65_HS1-834228961_62-HQ-83894_Section_6
Agency: FBI
Page 158
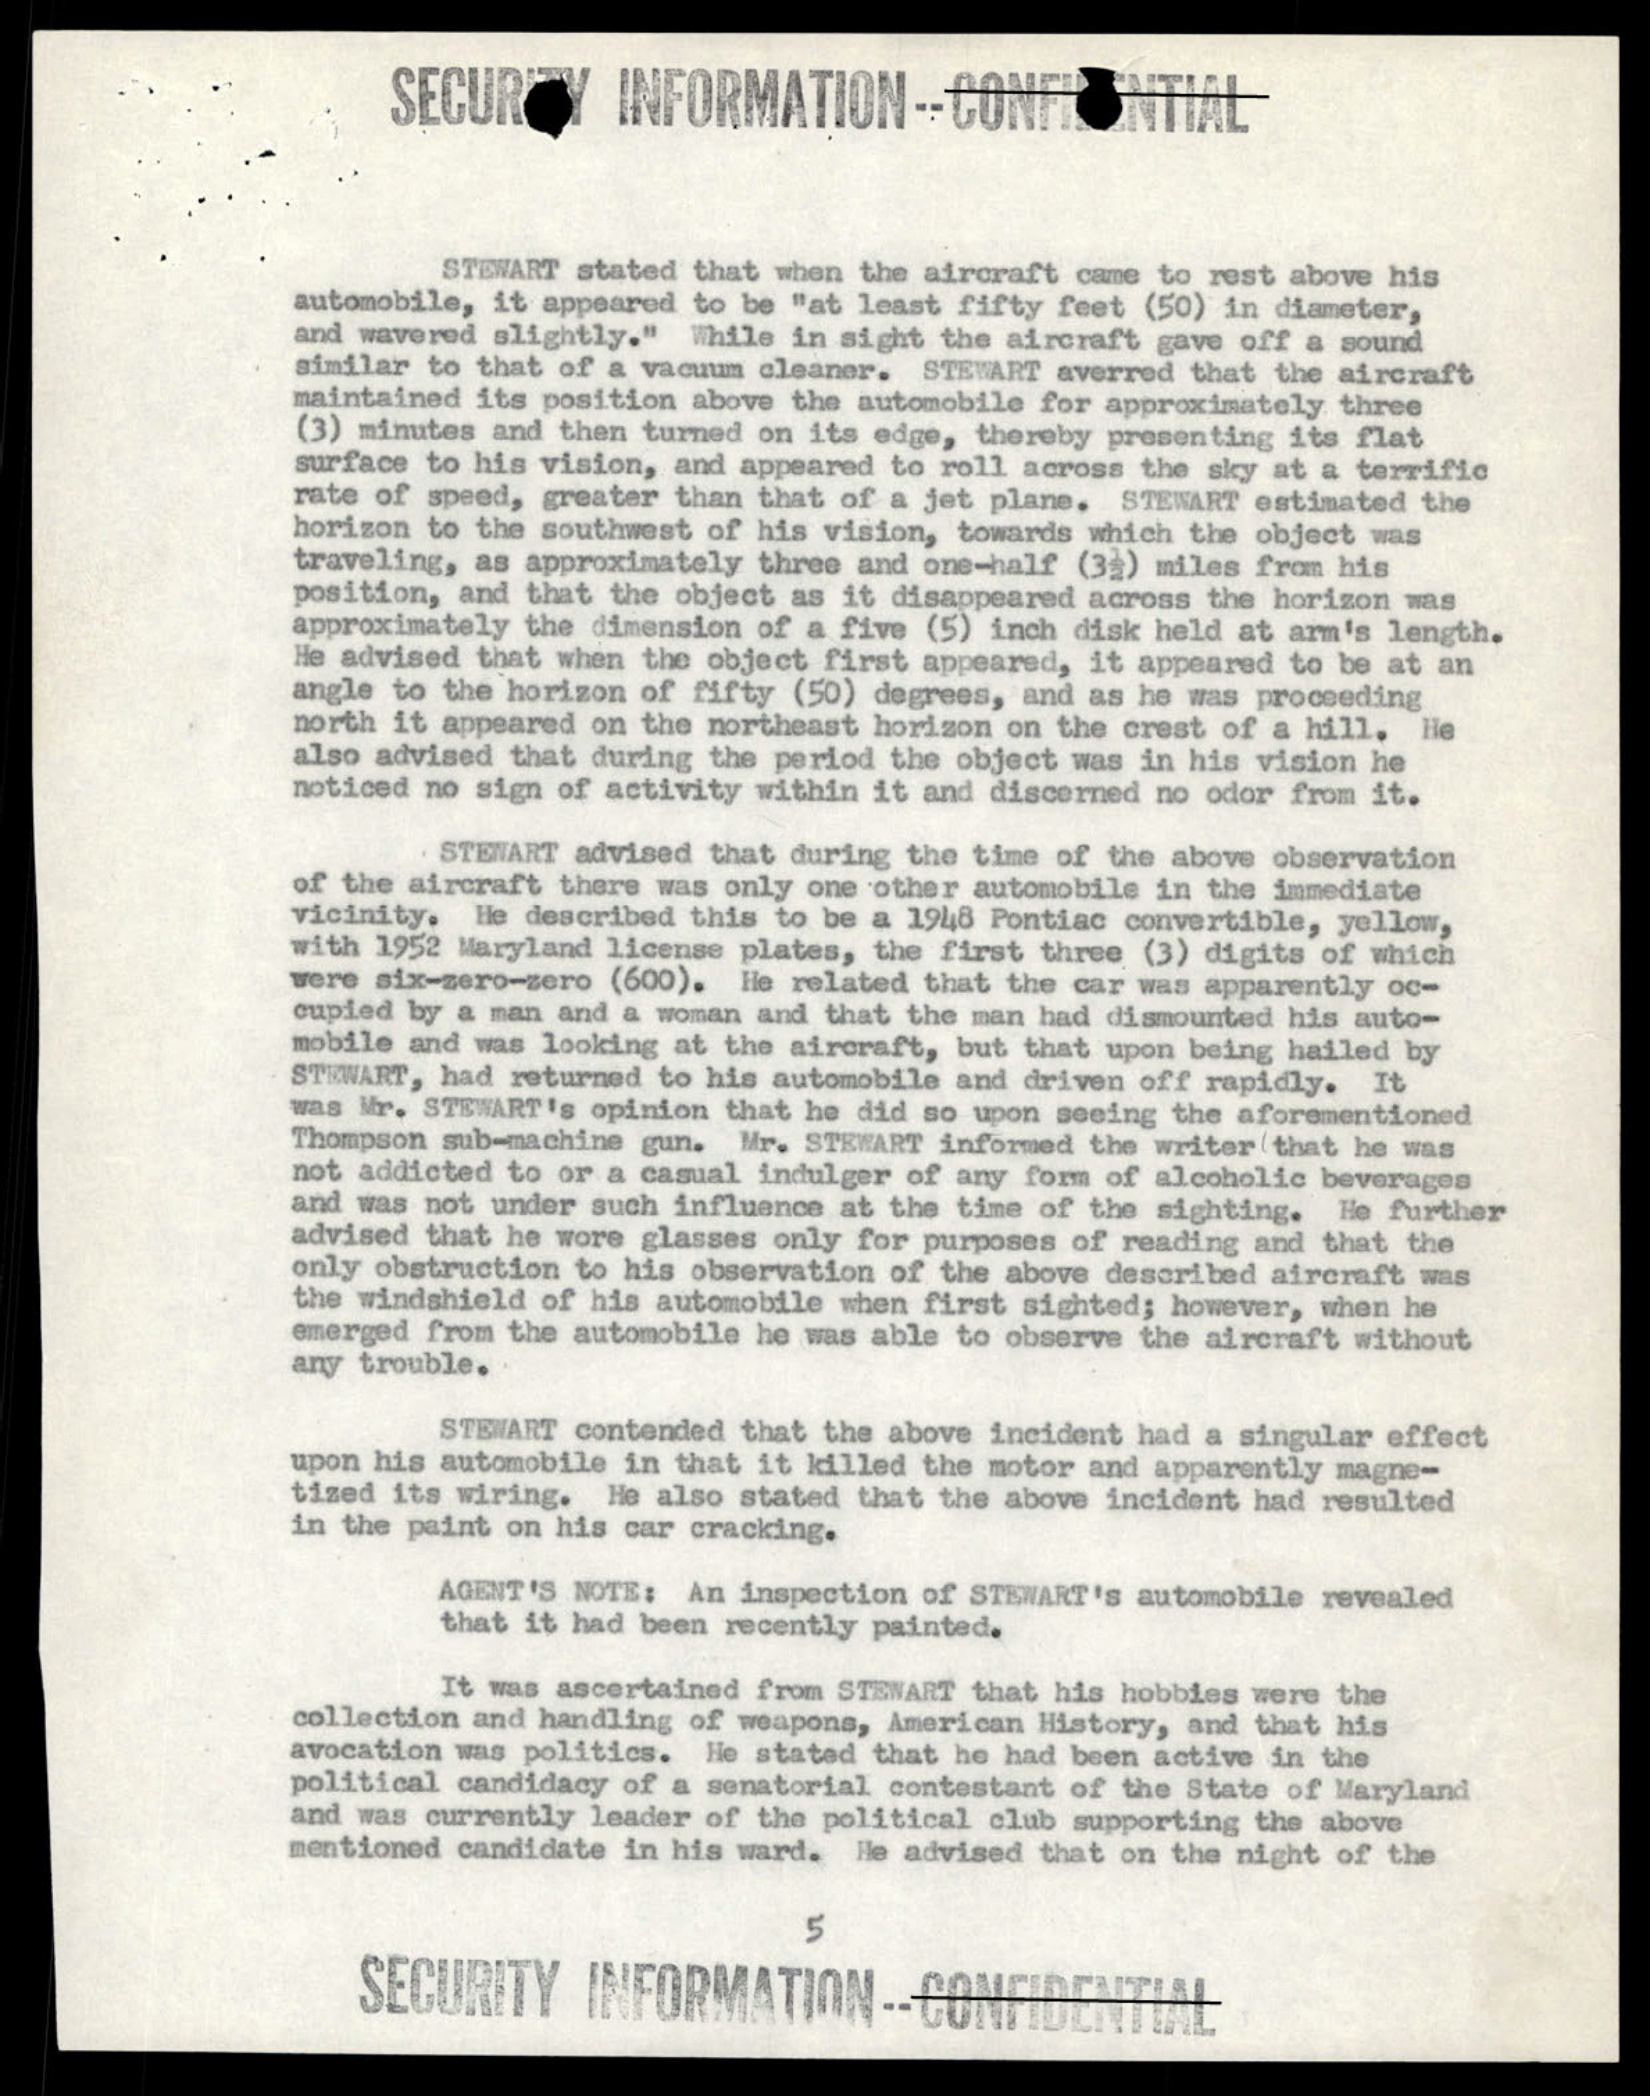